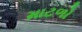
માટળો